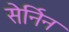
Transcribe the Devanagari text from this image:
सेर्निन